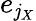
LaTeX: e_{\mathit{j}_{X}}